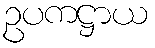
ဥပကဋ္ဌာယ